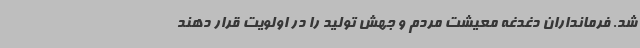
شد. فرمانداران دغدغه معیشت مردم و جهش تولید را در اولویت قرار دهند